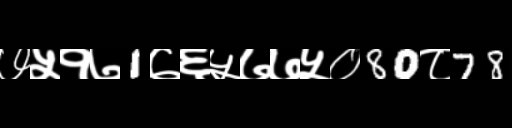
Text: ७५१७1७६५७७५०80८78